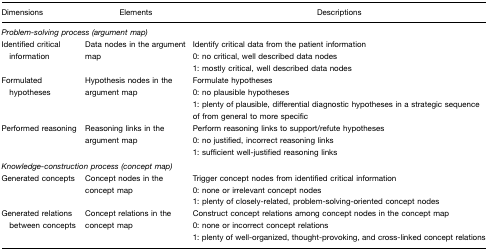
<table><thead><tr><td><b>Dimensions</b></td><td><b>Elements</b></td><td><b>Descriptions</b></td></tr></thead><tbody><tr><td colspan="3"><i>Problem-solving process (argument map)</i></td></tr><tr><td>Identified critical information</td><td>Data nodes in the argument map</td><td>Identify critical data from the patient information0: no critical, well described data nodes1: mostly critical, well described data nodes</td></tr><tr><td>Formulated hypotheses</td><td>Hypothesis nodes in the argument map</td><td>Formulate hypotheses0: no plausible hypotheses1: plenty of plausible, differential diagnostic hypotheses in a strategic sequence of from general to more specific</td></tr><tr><td>Performed reasoning</td><td>Reasoning links in the argument map</td><td>Perform reasoning links to support/refute hypotheses0: no justified, incorrect reasoning links1: sufficient well-justified reasoning links</td></tr><tr><td colspan="3"><i>Knowledge-construction process (concept map)</i></td></tr><tr><td>Generated concepts</td><td>Concept nodes in the concept map</td><td>Trigger concept nodes from identified critical information0: none or irrelevant concept nodes1: plenty of closely-related, problem-solving-oriented concept nodes</td></tr><tr><td>Generated relations between concepts</td><td>Concept relations in the concept map</td><td>Construct concept relations among concept nodes in the concept map0: none or incorrect concept relations1: plenty of well-organized, thought-provoking, and cross-linked concept relations</td></tr></tbody></table>